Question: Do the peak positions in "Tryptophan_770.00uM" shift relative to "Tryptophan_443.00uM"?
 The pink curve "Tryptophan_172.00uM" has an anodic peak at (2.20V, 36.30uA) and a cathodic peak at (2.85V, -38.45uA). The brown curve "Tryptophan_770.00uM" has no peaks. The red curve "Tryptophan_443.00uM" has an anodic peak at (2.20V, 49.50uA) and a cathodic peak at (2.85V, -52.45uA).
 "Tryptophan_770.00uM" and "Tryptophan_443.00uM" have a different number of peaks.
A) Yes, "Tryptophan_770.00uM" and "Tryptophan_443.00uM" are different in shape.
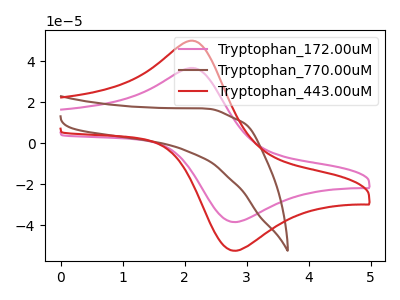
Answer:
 <answer>A) Yes, "Tryptophan_770.00uM" and "Tryptophan_443.00uM" are different in shape.</answer>
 <eval>A</eval>